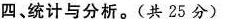
四、统计与分析。(共25分)